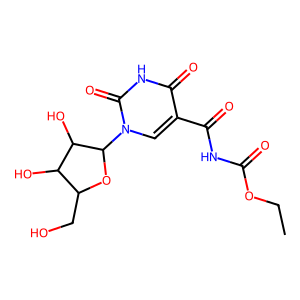
SMILES: CCOC(=O)NC(=O)c1cn(C2OC(CO)C(O)C2O)c(=O)[nH]c1=O
Inhibits HIV replication: No